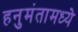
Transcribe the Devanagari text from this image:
हनुमंतामध्ये